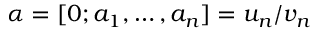
\alpha = [ 0 ; a _ { 1 } , \ldots , a _ { n } ] = u _ { n } / v _ { n }